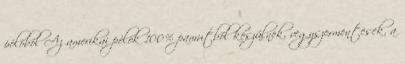
pólóból Az amerikai pólók 100% pamutból készülnek, vegyszermentesek, a